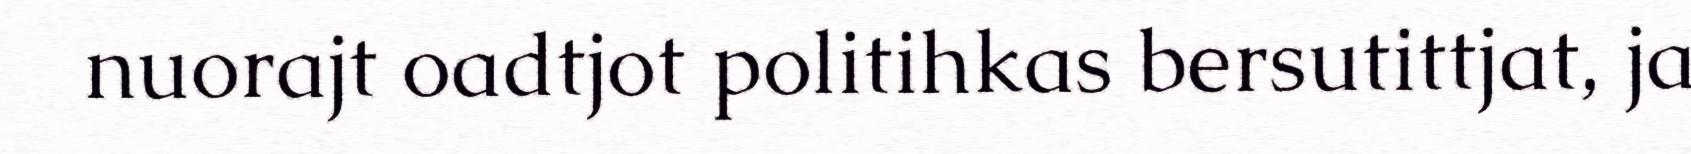
nuorajt oadtjot politihkas bersutittjat, ja